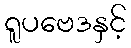
ရူပဗေဒနှင့်